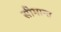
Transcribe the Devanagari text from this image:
सीमान्‍त